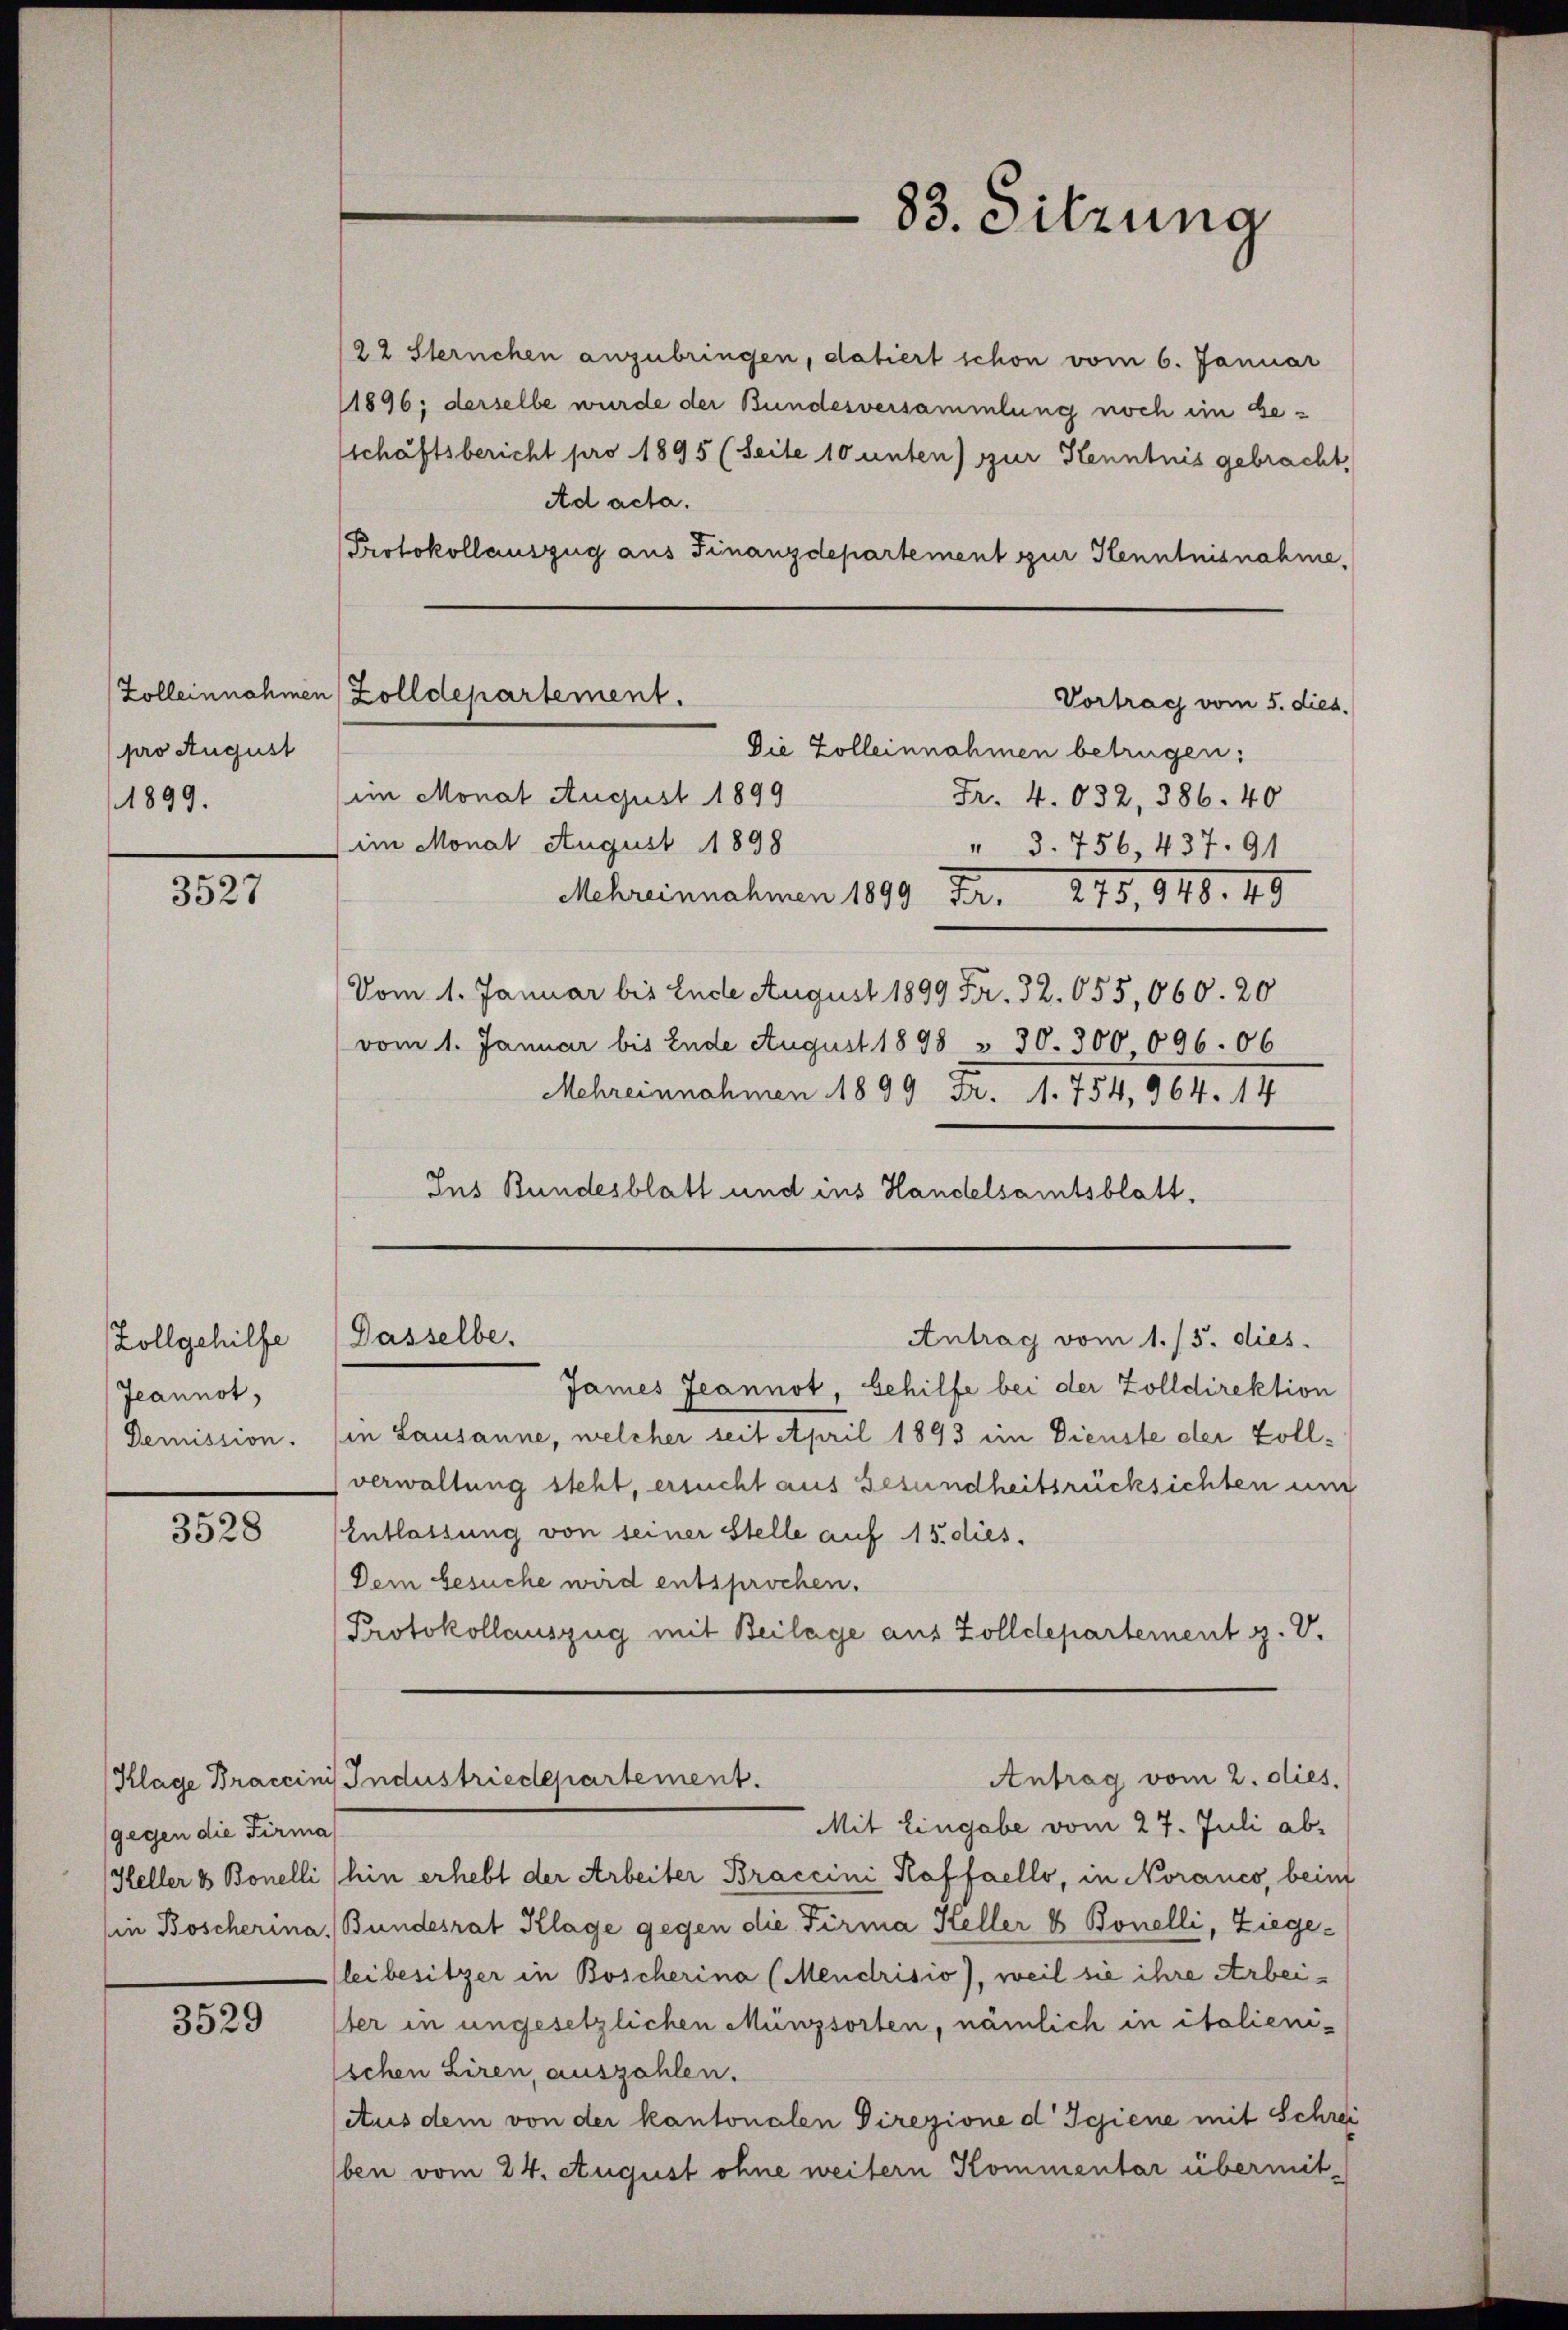
Zolleinnahmen
pro August
1899.

3527

Zollgehilfe
Jeannot,
Demission.

3528

gegen die Firma

3529

/22 Sternchen anzubringen, datiert schon vom 6. Januar
1896; derselbe wurde der Bundesversammlung noch im Be¬
Eschäftsbericht pro 1895 (Seite 10 unten) zur Kenntnis gebracht,
Ad acta.
Protokollauszug aus Finanzdepartement zur Kenntnisnahme,

Zolldepartement.
im Monat August 1899
im Monat August 1898

Vortrag vom 5. dies.
Die Zolleinnahmen betrügen:
Fr. 4.032, 386. 40
" 3. 756, 437. 91
Mehreinnahmen 1899 Fr. 275, 948. 49
Vom 1. Januar bis Ende August 1899 Fr. 32. 655,060. 20
vom 1. Januar bis Ende August 1898 § 30. 300 096. 06
Schreinnahmen 1899 Fr. 1. 454, 964. 14
Ins Bundesblatt und ins Handelsamtsblatt.

Dasselbe.

83. Sitzung

Antrag vom 1./5. dies

Antrag vom 2. dies.
Klage Braccinis Industriedepartement.

James Jeannot, behilfe bei der Zolldirektion
(in Lausanne, welcher seit April 1893 im Dienste der Zollverwaltung steht, ersucht aus Gesundheitsrücksichten und
Entlassung von seiner Stelle auf 15. dies
Dem Gesuche wird entsprochen.
Protokollauszug mit Beilage aus Zolldepartement z. V.

Mit Eingabe vom 27. Juli ab¬
Heller & Bonelli (hin erhebt der Arbeiter Braccini Koffaello, in Noranco, beim
(in Boscherina, Bundesrat Klage gegen die Firma Heller & Bonelli, Ziegeleibesitzer in Boscherina (Mendrisio), weil sie ihre Arbeister in ungesetzlichen Münzsorten, nämlich in italienischen Liren, auszahlen.
Aus dem von der kantonalen Direzione d. Schiene mit Schrei
ben vom 24. August ohne weitern Kommentar übermit-